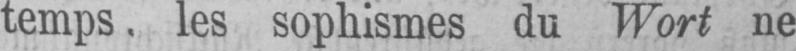
temps. les sophismes du Wort ne